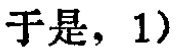
于是，1）